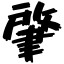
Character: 肇